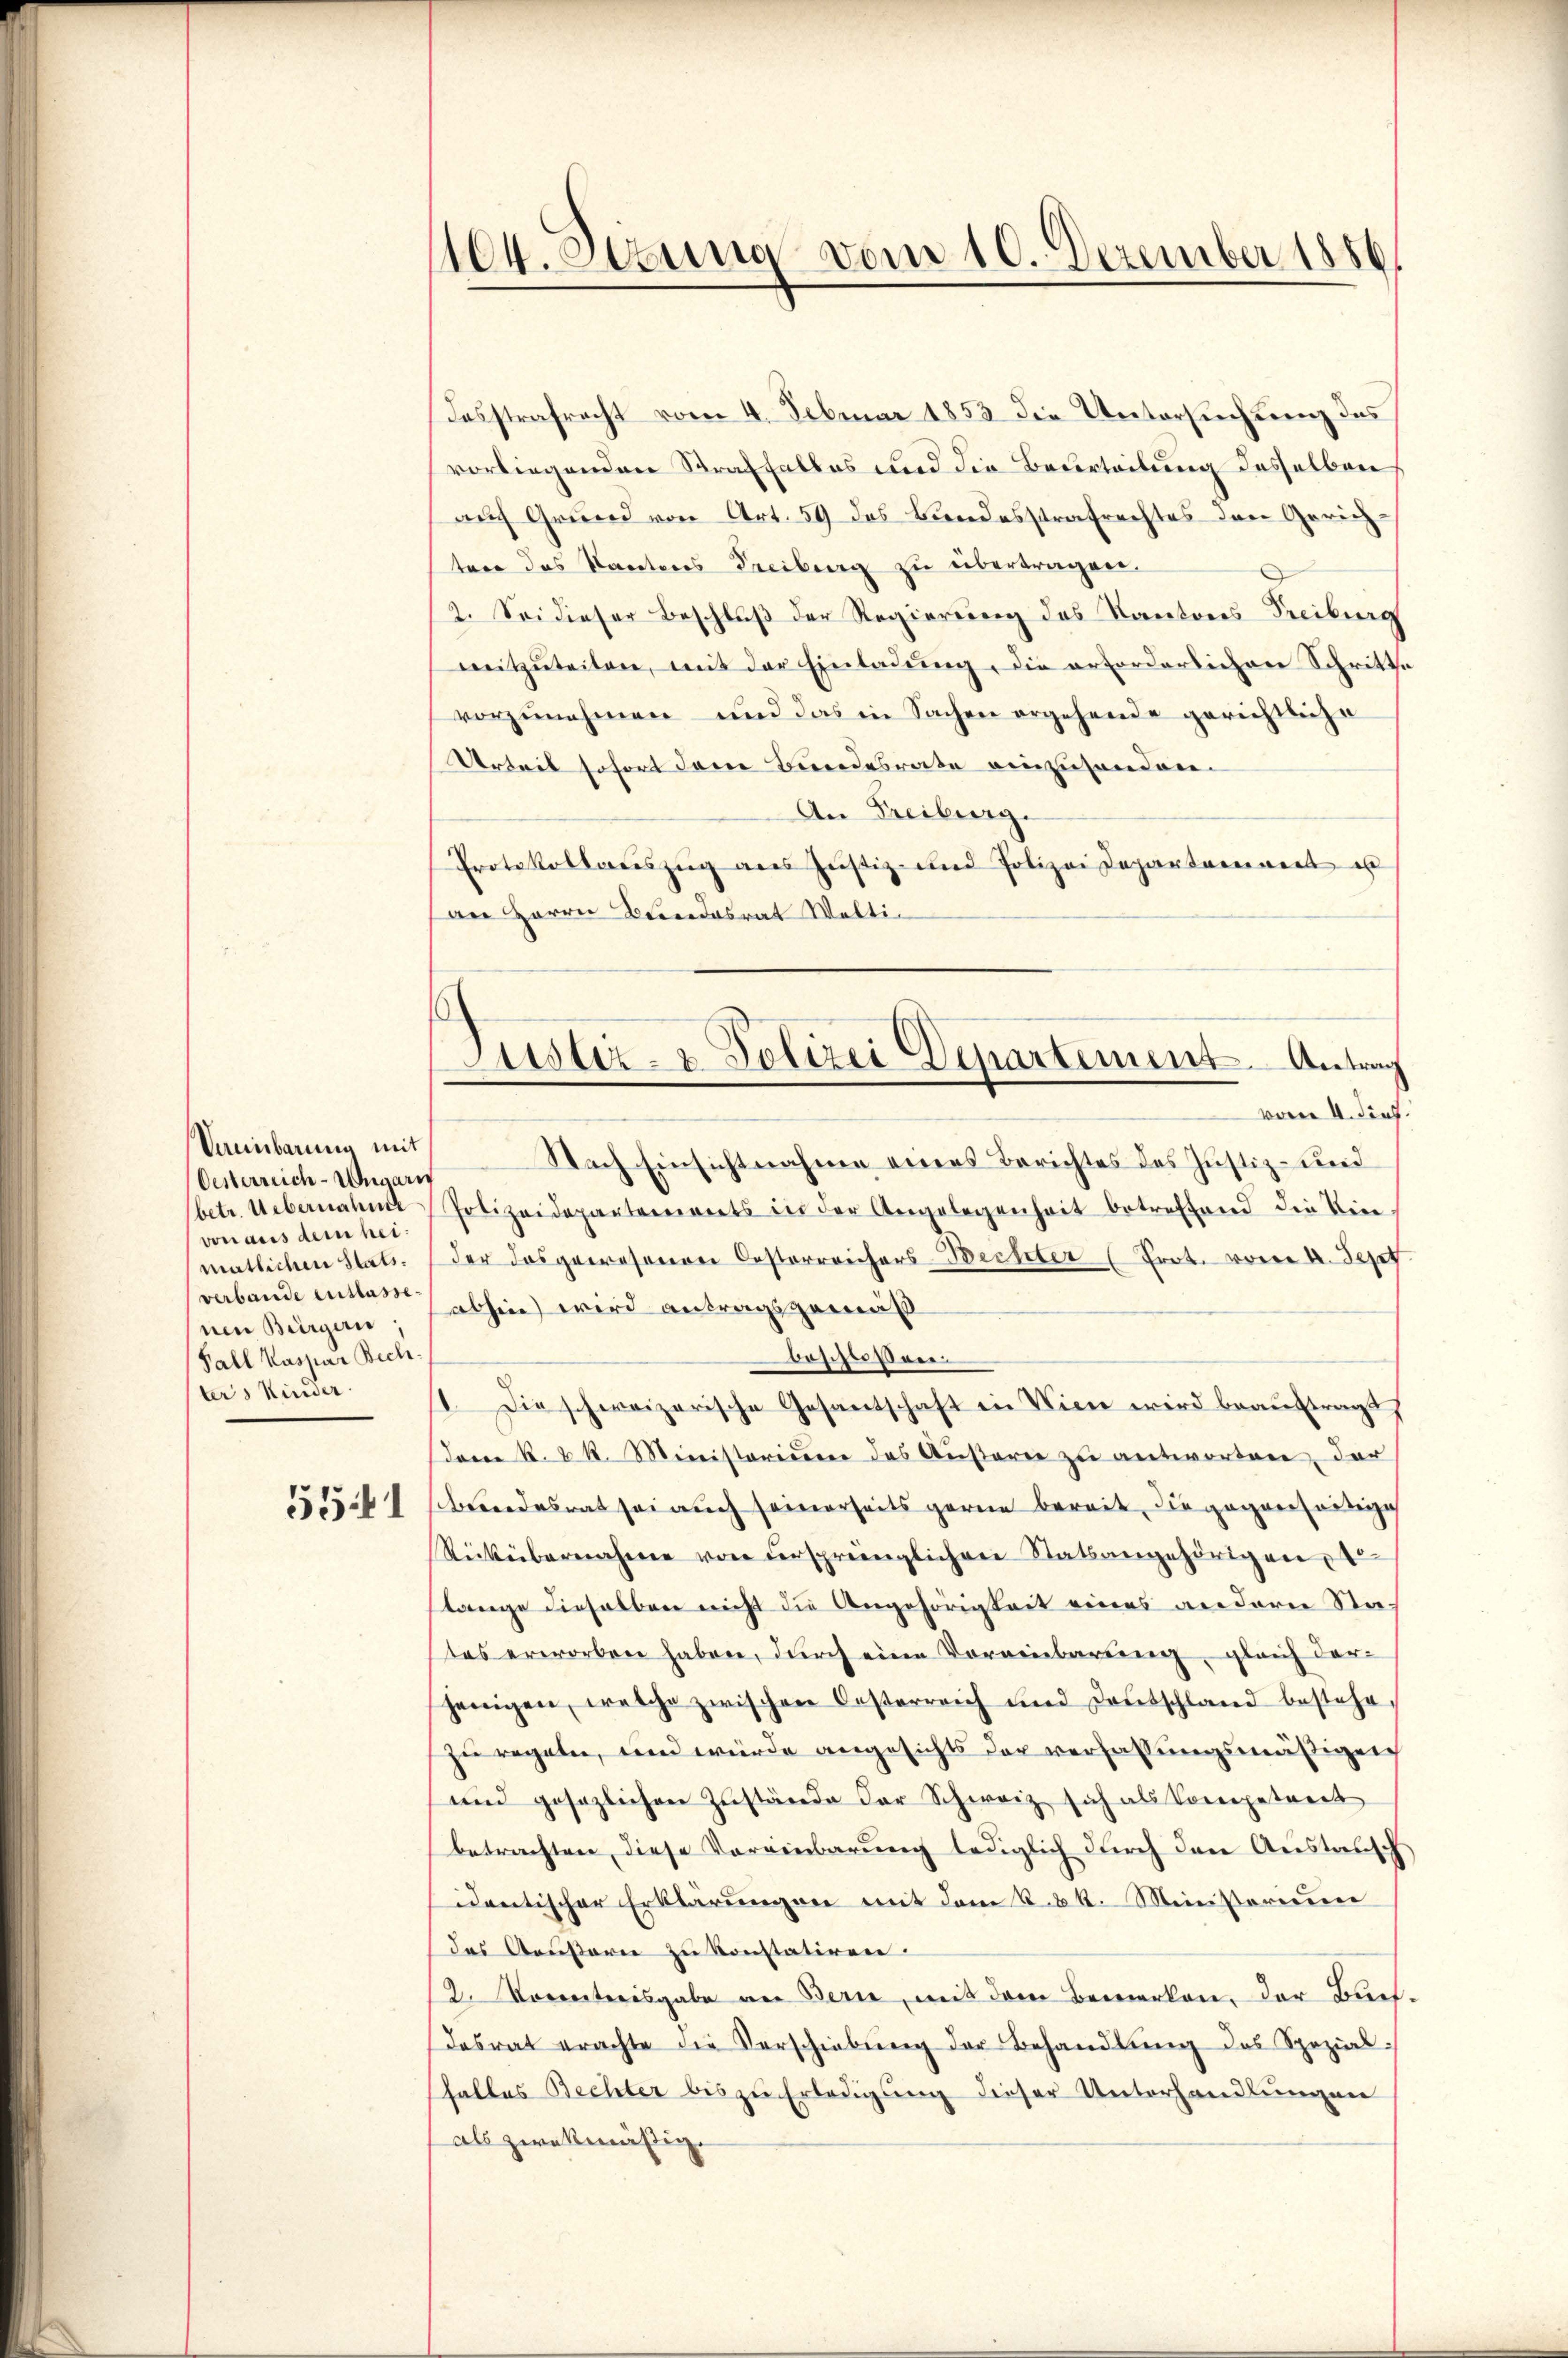
Vereinbarung mit
Oesterreich-Ungarn
von aus dem heiverbande entlasse.
Fall Kaspar Becliters Kinder

5541

104. Sekung vom 10. Dezember 1886.

Dosstrafrecht vom 4. Februar 1853 die Untersuchung des
vorliegenden Straffalles und die Beurteilung desselben
auch Grund von Art. 59 des Bundesstrafrechtes den Gerichten des Kantons Freiburg zu übertragen.
2. Sei dieser Beschlŭβ der Regierung des Kantons Freiburg
mitzŭteilen, mit der Einladŭng, die erforderlichen Schritte
vorzunehmen und das in Sachen ergehende gerichtliche
Urteil sofort dem Bundesrate einzusenden.
An Freiburg.
Protokollaŭszŭg ans Jŭstiz- und Polizei Departareinert u
an Herrn Bundesrat Welti¬

Justiz- & Polizei Departement Antrag

vom 4. dies
Nach Einsichtnahme eines Berichtes des Justiz- und
(betr. Uebernahme Polizeidepartements in der Angelegenheit betreffend die Vier-
matlichen Stats. der das gewesenen Oesterreichers-Bechter (Prot. vom 4. Sept.
nm Bürgern abhin wird antragsgemäß
beschlossen.
1. Die schweizerische Gesantschaft in Wien wird beauftragt,
daene R. u. k. Ministerium das Außerer zu antworten, der
beendesrat sei auch seinerseits gerne bereit, die gegenheidige
Rickübernahme von ursprünglichen Statsangehörigen
lange dieselben nicht die Angehörigkeit eines andern States erworben haben, durch eine Voreinbarung, gleich darjenigen, welche zwischen Oesterreich und Deutschland bestehe,
zu regeln, und würde angesichts der verfassungsmäßigen
und gesezlichen Zŭstände der Schweiz sich als Competreit
betrachten, diese Vereinbarung lediglich durch den Austrisch
identischer Erklärungen mit dem k.k. Ministerium
das Aeußern zu konstatiren.
/2. Vorerstreisgabe an Bern, mit dem Bemerken. Der Buchdesrat erachte die Verschiebŭng der Behandlŭng des Spezialhaltes Bechter bis zu Erledigung dieser Unterhandlungen
als zwekmäßig.